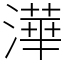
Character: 澕